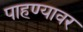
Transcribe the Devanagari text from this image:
पाहण्यावर